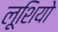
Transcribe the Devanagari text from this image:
लूशियो